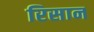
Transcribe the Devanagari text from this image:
रिसान